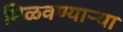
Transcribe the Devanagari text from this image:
मिळवण्याऱ्या